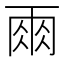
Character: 𮦆